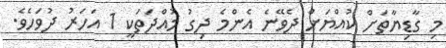
މި ގާޑިޔާތަށް ކުއްޔަށް ދެވޭނެ އެންމެ ދިގު މުއްދަތަކީ 1 އަހަރު ދުވަހެވެ.